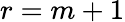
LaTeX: r=m+1